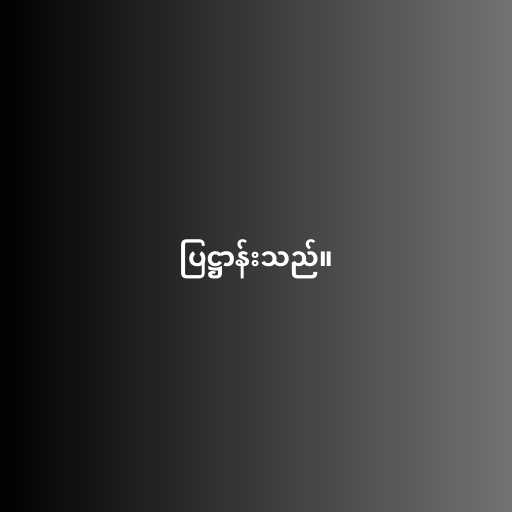
ပြဋ္ဌာန်းသည်။